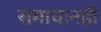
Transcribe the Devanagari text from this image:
समाधानही